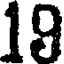
19